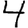
Digit: 4